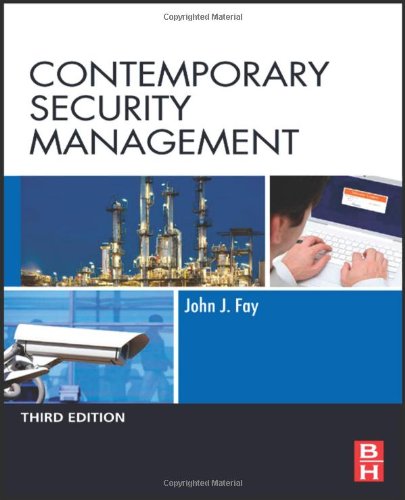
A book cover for Contemporary Security Management, Third Edition; John Fay; Medical Books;